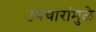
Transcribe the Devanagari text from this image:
उपचारांमुळे